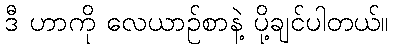
ဒီ ဟာကို လေယာဉ်စာနဲ့ ပို့ချင်ပါတယ်။